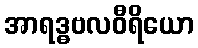
အာရဒ္ဓဗလဝီရိယော